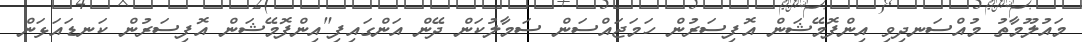
މައުލޫމާތު މުއްސަނދިވި އިންފޮމޭޝަން އޮފިސަރުން ހަމަޖައްސަން ސަމާލުކަން ދޭން އަންގައިފި"އިންފޮމޭޝަން އޮފިސަރުން ކަނޑައަޅަން